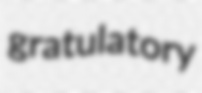
gratulatory